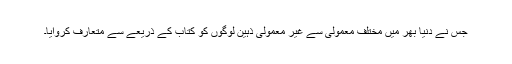
جس نے دنیا بھر میں مختلف معمولی سے غیر معمولی ذہین لوگوں کو کتاب کے ذریعے سے متعارف کروایا۔